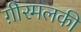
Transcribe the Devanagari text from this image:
ग़ीरमलकी